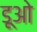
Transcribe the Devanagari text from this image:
डूओ